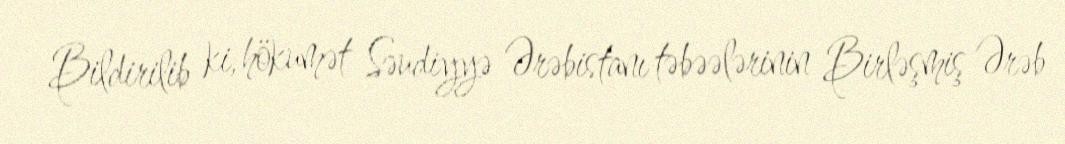
Bildirilib ki, hökumət Səudiyyə Ərəbistanı təbəələrinin Birləşmiş Ərəb